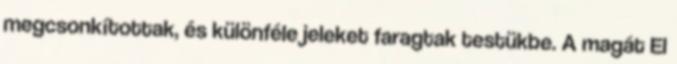
megcsonkítottak, és különféle jeleket faragtak testükbe. A magát El